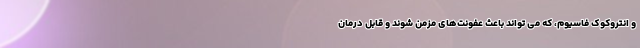
و انتروکوک فاسیوم، که می تواند باعث عفونت‌های مزمن شوند و قابل درمان